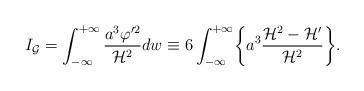
LaTeX: \begin{align*}I_{\cal G}= \int_{-\infty}^{+\infty} \frac{a^3 \varphi'^2}{{\cal H}^2} dw \equiv6\int_{-\infty}^{+\infty} \biggl\{a^3 \frac{ {\cal H}^2 - {\cal H}'}{{\cal H}^2}\biggr\}.\end{align*}